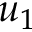
u _ { 1 }